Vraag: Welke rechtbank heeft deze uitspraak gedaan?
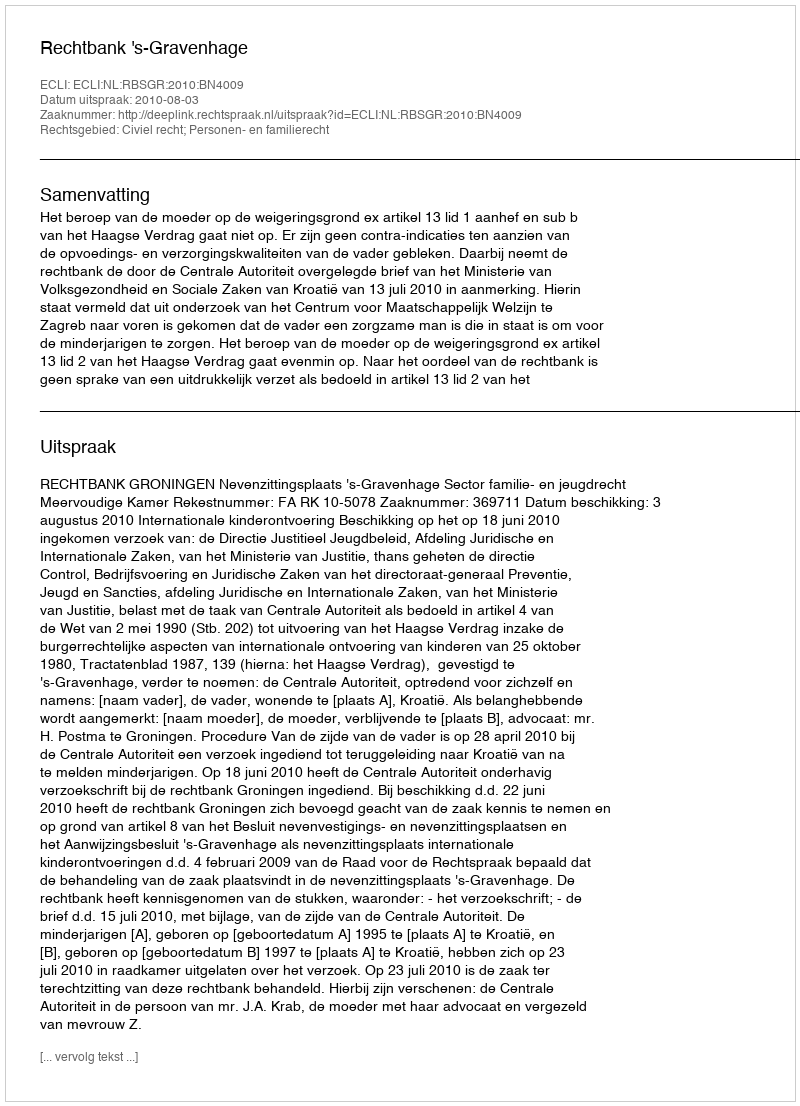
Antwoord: Rechtbank 's-Gravenhage